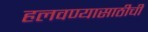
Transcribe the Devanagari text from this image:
हलवण्यासाठीची